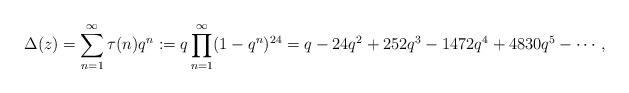
LaTeX: \begin{align*}\Delta(z)=\sum_{n=1}^{\infty}\tau(n)q^n:=q\prod_{n=1}^{\infty}(1-q^n)^{24}=q-24q^2+252q^3-1472q^4+4830q^5-\cdots,\end{align*}